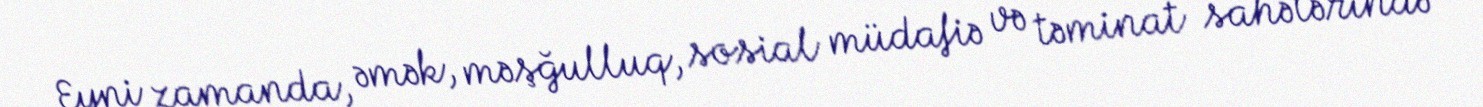
Eyni zamanda, əmək, məşğulluq, sosial müdafiə və təminat sahələrində